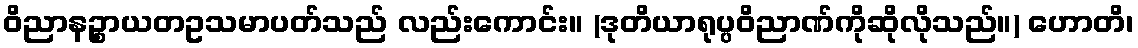
ဝိညာနဉ္စာယတဥသမာပတ်သည် လည်းကောင်း။ (ဒုတိယာရုပ္ပဝိညာဏ်ကိုဆိုလိုသည်။) ဟောတိ၊